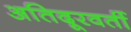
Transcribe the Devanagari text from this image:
अतिदूरवर्ती